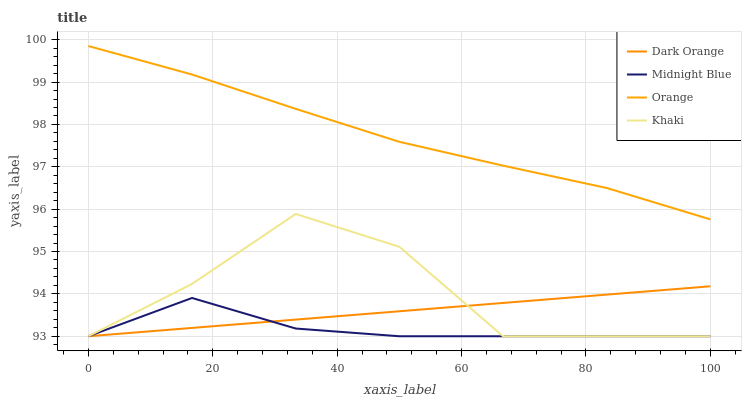
| xaxis_label | Dark Orange | Midnight Blue | Orange | Khaki |
 | --- | --- | --- | --- | --- |
 | 0 | 93 | 93 | 99.9 | 93 |
 | 16.7 | 93.2 | 93.9 | 99.2 | 94.2 |
 | 33.3 | 93.4 | 93.2 | 98.4 | 95.9 |
 | 50 | 93.6 | 93 | 97.6 | 95.1 |
 | 66.7 | 93.8 | 93 | 97 | 93 |
 | 83.3 | 94 | 93 | 96.5 | 93 |
 | 100 | 94.2 | 93 | 95.8 | 93 |